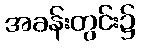
အခန်းတွင်း၌